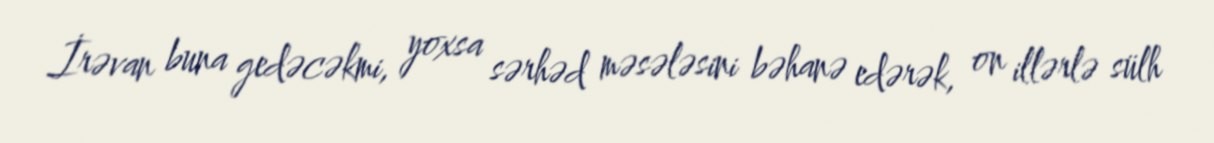
İrəvan buna gedəcəkmi, yoxsa sərhəd məsələsini bəhanə edərək, on illərlə sülh